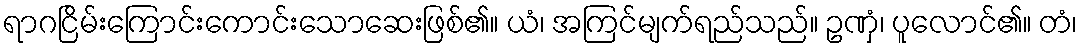
ရာဂငြိမ်းကြောင်းကောင်းသောဆေးဖြစ်၏။ ယံ၊ အကြင်မျက်ရည်သည်။ ဥဏှံ၊ ပူလောင်၏။ တံ၊